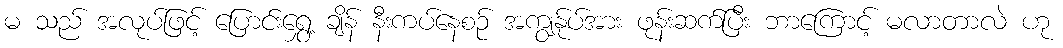
မ သည် အလုပ်ဖြင့် ပြောင်းရွှေ့ ချိန် နီးကပ်နေစဉ် အကျွန်ုပ်အား ဖုန်းဆက်ပြီး ဘာကြောင့် မလာတာလဲ ဟု